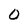
Character: 0